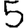
Digit: 5